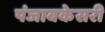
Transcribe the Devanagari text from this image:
पंजाबकेसरी